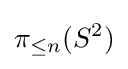
\pi _{\leq n}(S^{2})